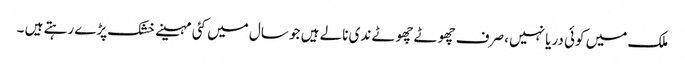
ملک میں کوئی دریا نہیں ،صرف چھوٹے چھوٹے ندی نالے ہیں جو سال میں کئی مہینے خشک پڑے رہتے ہیں ۔